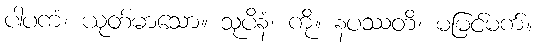
ပါပကံ၊ ယုတ်မာသော။ သုပိနံ၊ ကို။ နပဿတိ၊ မမြင်မက်။